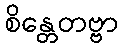
စိန္တေတဗ္ဗာ